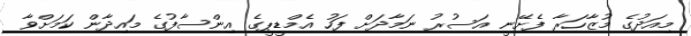
މިއަދުގެ މުޒާހަރާ ފެށޭނީ އަސުރު ނަމާދަށް ފަހު އެމްޑީޕީގެ އިންސާފުގެ މައިދާން ކަމަށްވާ